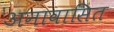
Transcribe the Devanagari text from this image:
अनावासित